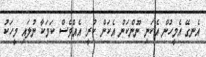
އެނގޭ އެމީހުން އެކަނި ނޫންކަން އެކަން ކުރީ. އެއްވެސް ކަމަކާ ނުލައި މީހަކު